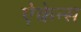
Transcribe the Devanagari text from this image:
ऐकेन्स